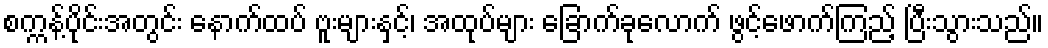
စက္ကန့်ပိုင်းအတွင်း နောက်ထပ် ဗူးများနှင့်၊ အထုပ်များ ခြောက်ခုလောက် ဖွင့်ဖောက်ကြည့် ပြီးသွားသည်။